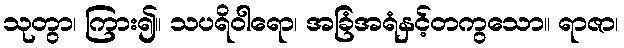
သုတွာ၊ ကြား၍။ သပရိဝါရော၊ အခြံအရံနှင့်တကွသော။ ရာဇာ၊